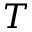
T